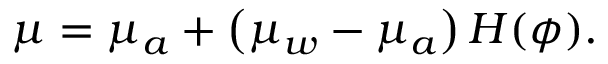
\mu = \mu _ { a } + \left( \mu _ { w } - \mu _ { a } \right) H ( \phi ) .